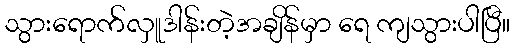
သွားရောက်လှူဒါန်းတဲ့အချိန်မှာ ရေ ကျသွားပါပြီ။